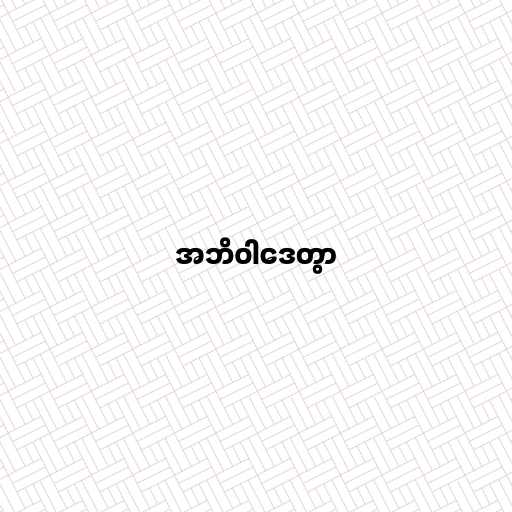
အဘိဝါဒေတွာ